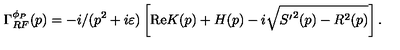
\Gamma _ { R F } ^ { \phi _ { P } } ( p ) = - i / ( p ^ { 2 } + i \varepsilon ) \left[ \mathrm { R e } K ( p ) + H ( p ) - i \sqrt { { S ^ { \prime } } ^ { 2 } ( p ) - R ^ { 2 } ( p ) } \right] .